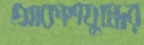
আকাশযুদ্ধের